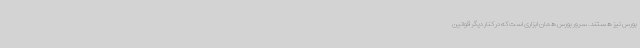
بورس نیز هستند. سرور بورس همان ابزاری است که در کنار دیگر قوانین